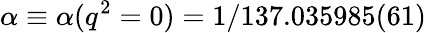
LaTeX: \alpha\equiv\alpha(q^{2}=0)=1/137.035985(61)